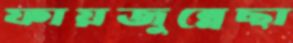
ফায়জুন্নেছা